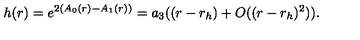
h ( r ) = e ^ { 2 ( A _ { 0 } ( r ) - A _ { 1 } ( r ) ) } = a _ { 3 } ( ( r - r _ { h } ) + O ( ( r - r _ { h } ) ^ { 2 } ) ) .